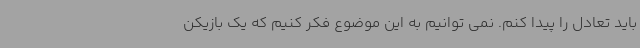
باید تعادل را پیدا کنم‌. نمی توانیم به این موضوع فکر کنیم که یک بازیکن